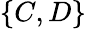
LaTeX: \{ C,D\}